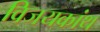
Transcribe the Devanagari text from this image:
विजयकांथ